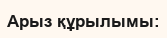
Арыз құрылымы: